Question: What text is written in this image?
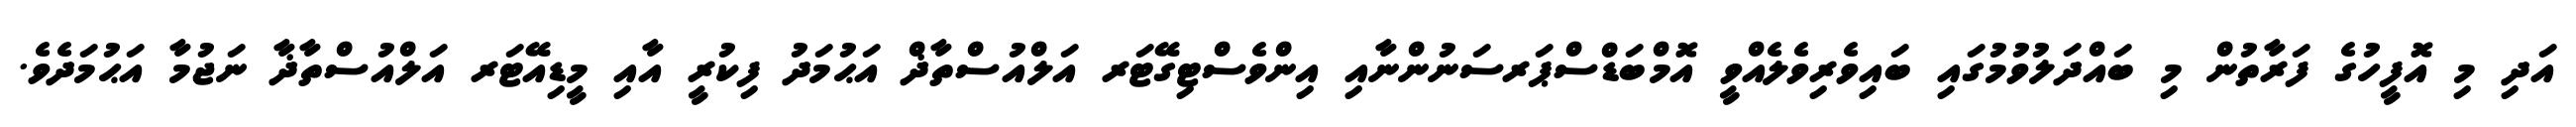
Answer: އަދި މި އޮފީހުގެ ފަރާތުން މި ބައްދަލުވުމުގައި ބައިވެރިވެލެއްވީ އޮމްބަޑްސްޕަރސަނުންނާއި އިންވެސްޓިގޭޓަރ އަލްއުސްތާޛް އަޙުމަދު ފިކުރީ އާއި މީޑިއޭޓަރ އަލްއުސްތާޛާ ނަޖުމާ އަޙުމަދެވެ.